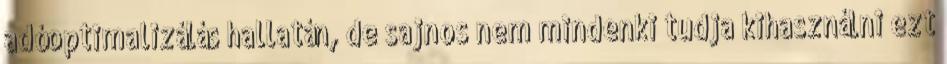
adóoptimalizálás hallatán, de sajnos nem mindenki tudja kihasználni ezt